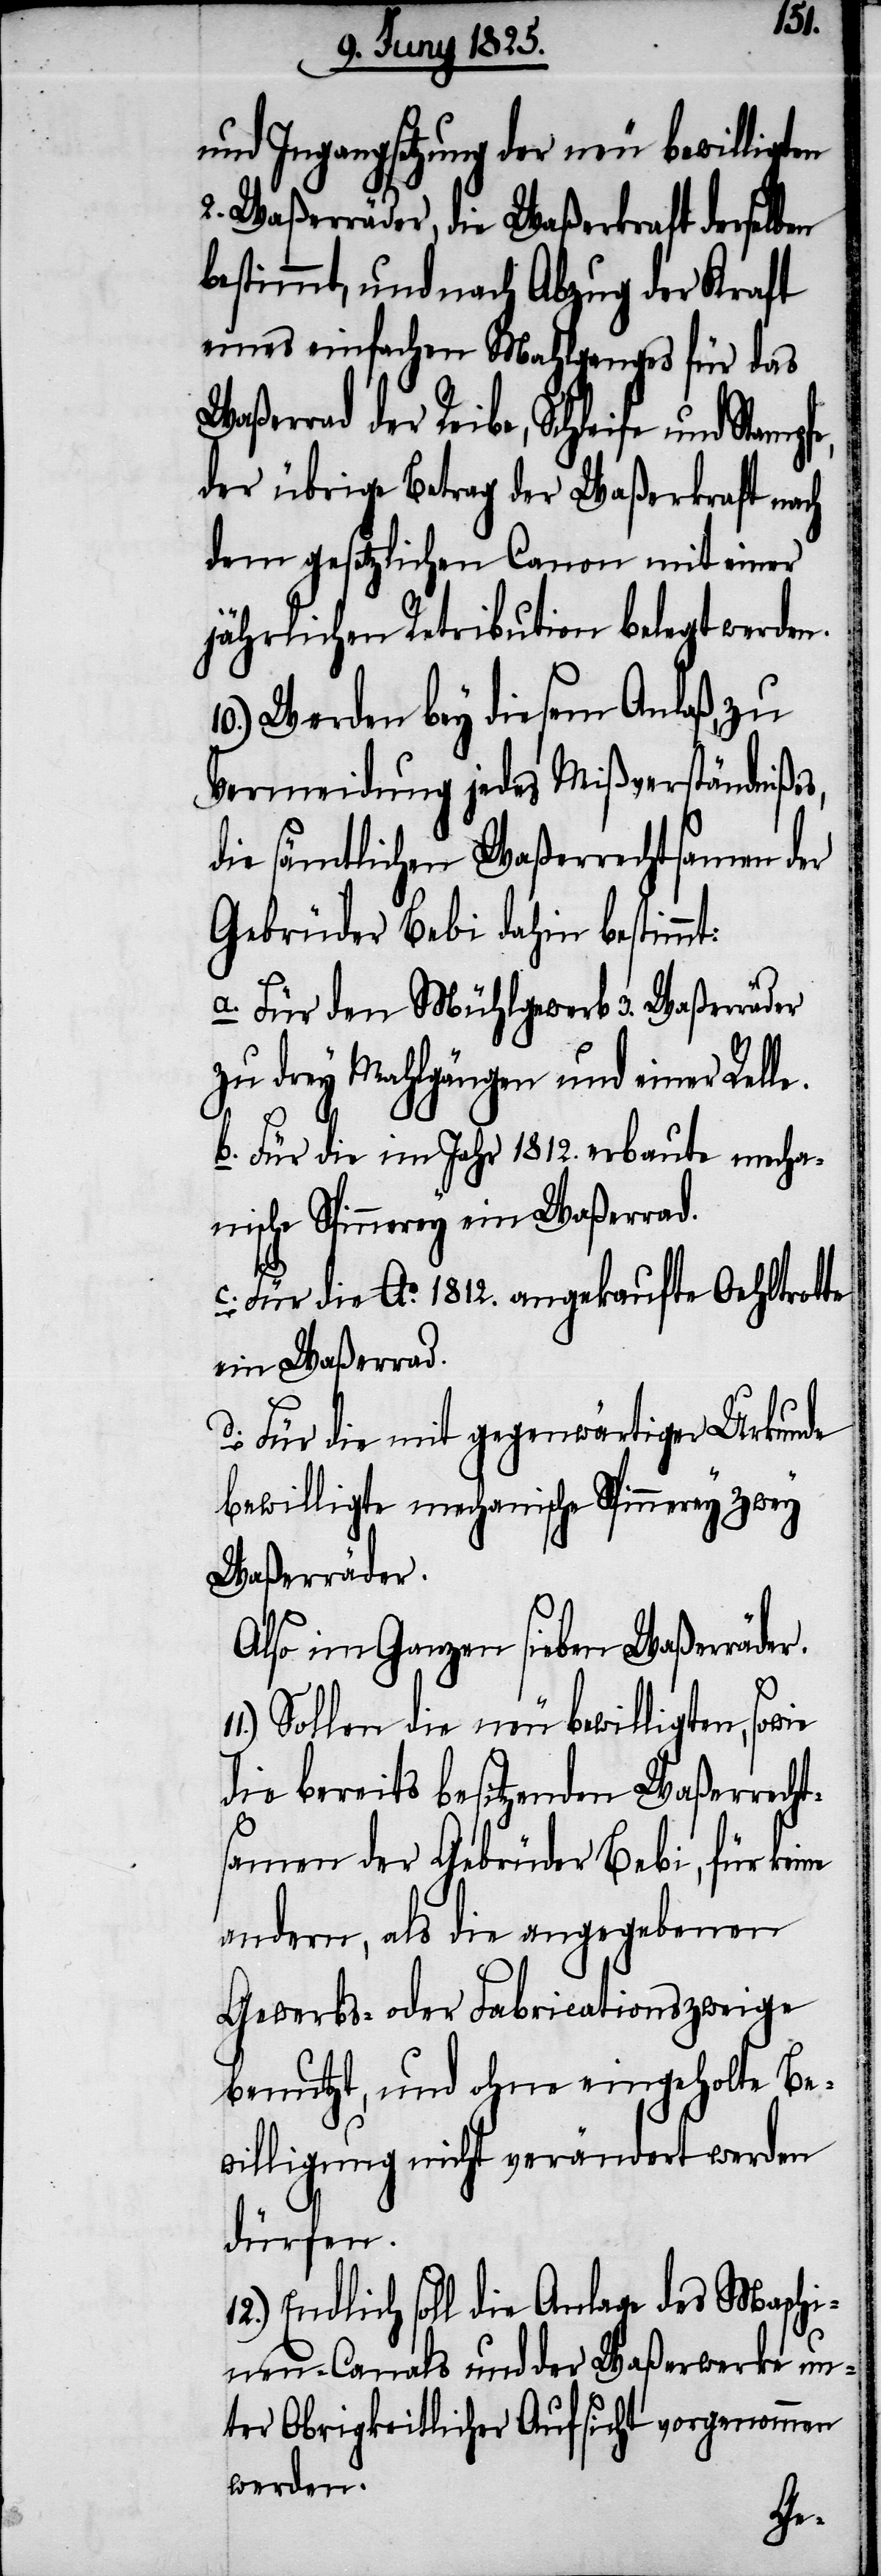
und Ingangsetzung der neu bewilligten
2. Waßerräder, die Waßerkraft derselben
bestimmt, und nach Abzug der Kraft
eines einfachen Mahlganges für das
ßerrad der Reibe, Schleife und Stamp¬
der übrige Betrag der Waßerkraft nach
dem gesetzlichen Canon mit einer
jährlichen Retribution belegt werden.
10.) Werden bey diesem Anlaß, zu
Vermeidung jedes Mißverständnißes,
die sämtlichen Waßerrechtsamen der
Gebrüder Bebi dahin bestimmt:
a. Für den Mühlgewerb 3. Waßerräder
zu drey Mahlgängen und einer Rel¬
b. Für die im Jahr 1812. erbaute mecha¬
nische Spinnerey ein Waßerrad.
c. Für die Ao. 1812. angekaufte Oehltrotte
ein Waßerrad.
d. Für die mit gegenwärtiger Urkunde
bewilligte mechanische Spinnerey zwey
Waßerräder.
Also im Ganzen sieben Waßerräder.
Sollen die neu bewilligten, sowie
die bereits besitzenden Waßerrecht¬
samen der Gebrüder Bebi, für
andern, als die angegebenen
Gewerbs- oder Fabricationszweige
benutzt, und ohne eingeholte Be¬
willigung nicht verändert werden
dürfen.
Endlich soll die Anlage des Maschi¬
nen-Canals und der Waßerwerke un¬
ter Obrigkeitlicher Aufsicht vorgenommen
werden.
le.